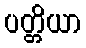
ပတ္တိယာ